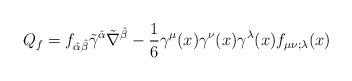
LaTeX: \begin{align*}Q_{f}=f_{\hat\alpha\hat\beta}\tilde\gamma^{\hat\alpha}\tilde\nabla^{\hat\beta}-\frac{1}{6}\gamma^{\mu}(x)\gamma^{\nu}(x)\gamma^{\lambda}(x)f_{\mu\nu;\lambda}(x)\end{align*}